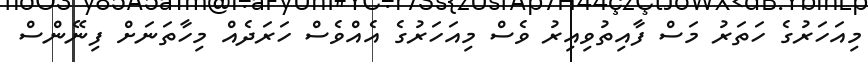
މިއަހަރުގެ ހަތަރު މަސް ފާއިތުވިއިރު ވެސް މިއަހަރުގެ އެއްވެސް ހަރަދެއް މިހާތަނަށް ފިނޭންސް